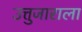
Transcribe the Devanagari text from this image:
उत्तुजाराला